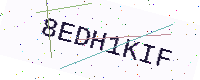
Text: 8EDH1KIF